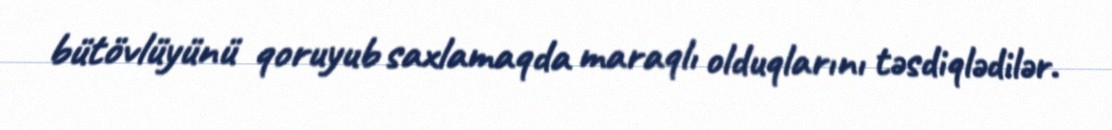
bütövlüyünü qoruyub saxlamaqda maraqlı olduqlarını təsdiqlədilər.